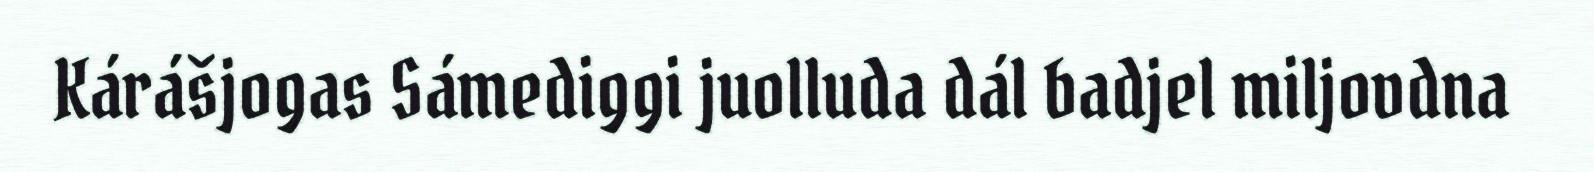
Kárášjogas Sámediggi juolluda dál badjel miljovdna